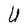
Character: U